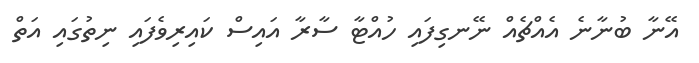
އޭނާ ބުނާނެ އެއްޗެއް ނޭނގިފައި ހުއްޓާ ސާރާ އައިސް ކައިރިވެފައި ނިތުގައި އަތް